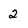
Character: 2